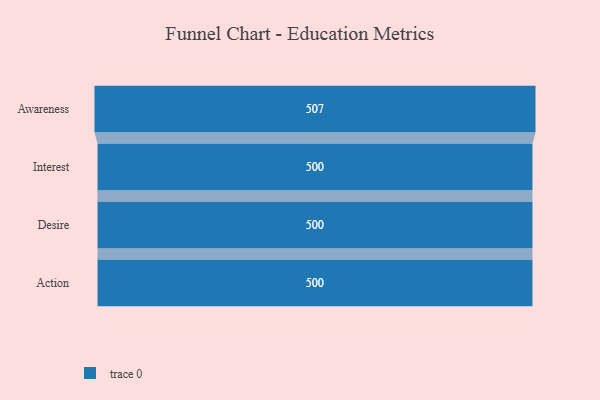
{"axis": {"x": "Stage", "y": "Value"}, "legend": [""], "data": [{"x": "Awareness", "y": 507.0, "type": ""}, {"x": "Interest", "y": 500, "type": ""}, {"x": "Desire", "y": 500, "type": ""}, {"x": "Action", "y": 500, "type": ""}]}